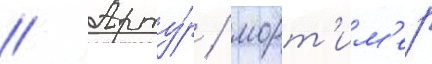
// Арту́р / морт'им'ер